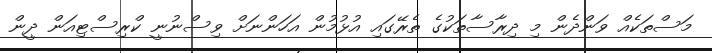
މަސްތަކެއް ވަންދެން މި ދިރާސާތަކުގެ ތެރޭގައި އުޅުމުން އަހަންނަށް ވިސްނުނީ ކްރިސްޓިއަން ދީން